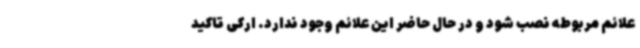
علائم مربوطه نصب شود و در حال حاضر این علائم وجود ندارد. ارکی تاکید